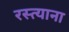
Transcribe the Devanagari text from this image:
रस्त्याना